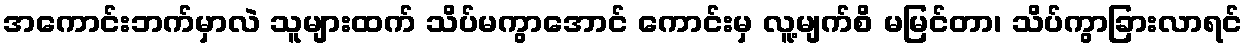
အကောင်းဘက်မှာလဲ သူများထက် သိပ်မကွာအောင် ကောင်းမှ လူ့မျက်စိ မမြင်တာ၊ သိပ်ကွာခြားလာရင်